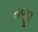
તજી